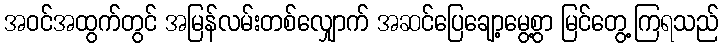
အဝင်အထွက်တွင် အမြန်လမ်းတစ်လျှောက် အဆင်ပြေချော့မွေ့စွာ မြင်တွေ့ကြရသည်